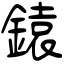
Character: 鎱